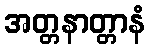
အတ္တနာတ္တာနံ